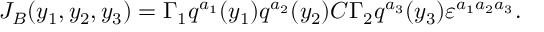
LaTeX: J _ { B } ( y _ { 1 } , y _ { 2 } , y _ { 3 } ) = \Gamma _ { 1 } q ^ { a _ { 1 } } ( y _ { 1 } ) q ^ { a _ { 2 } } ( y _ { 2 } ) C \Gamma _ { 2 } q ^ { a _ { 3 } } ( y _ { 3 } ) \varepsilon ^ { a _ { 1 } a _ { 2 } a _ { 3 } } .